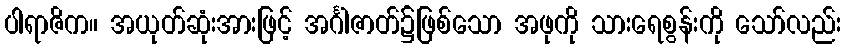
ပါရာဇိက။ အယုတ်ဆုံးအားဖြင့် အင်္ဂါဇာတ်၌ဖြစ်သော အဖုကို သားရေစွန်းကို သော်လည်း